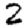
Digit: 2